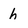
Character: h